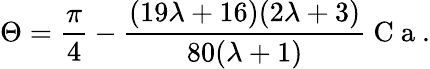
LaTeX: \Theta=\frac{\pi}{4}-\frac{(19\lambda+16)(2\lambda+3)}{80(\lambda+1)}\mathrm{~C~a~}.